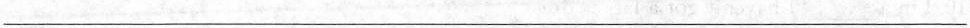
___